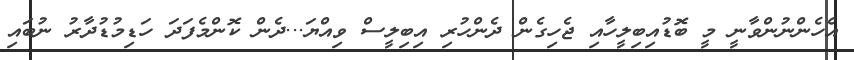
އެހެންނުންވާނީ މީ ބޮޑުއިބިލީހާއި ޖެހިގެން ދެންހުރި އިބިލީސް ވިއްޔަ...ދެން ކޮންމެފަދަ ހަޑިމުޑުދާރު ނުބައި